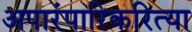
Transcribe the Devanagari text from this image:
अपारंपारिकरित्या